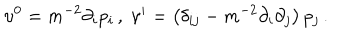
\upsilon ^ { 0 } = m ^ { - 2 } \partial _ { i } p _ { i } \, , \; \upsilon ^ { i } = \left( \delta _ { i j } - m ^ { - 2 } \partial _ { i } \partial _ { j } \right) p _ { j \, } .